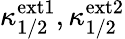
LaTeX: \kappa_{1/2}^{\mathrm{ext1}},\kappa_{1/2}^{\mathrm{ext2}}